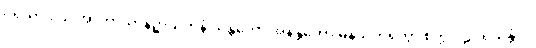
ပရိယာဒါယ အာကာသာနဉ္စာယတနံ သန္တတော အနန္တတော မနသိကရိတွာ စက္ကဝါဠပရိယန္တံ ဝါ